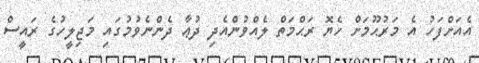
އެއަށްފަހު އެ މަރުޙޫމަށް ހެޔޮ ރަޙްމަތް ލެއްވުންއެދި ދުޢާ ދެންނެވުމުގައި މަޖިލީހުގެ ރައީސް